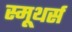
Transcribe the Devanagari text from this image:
स्मूथर्स